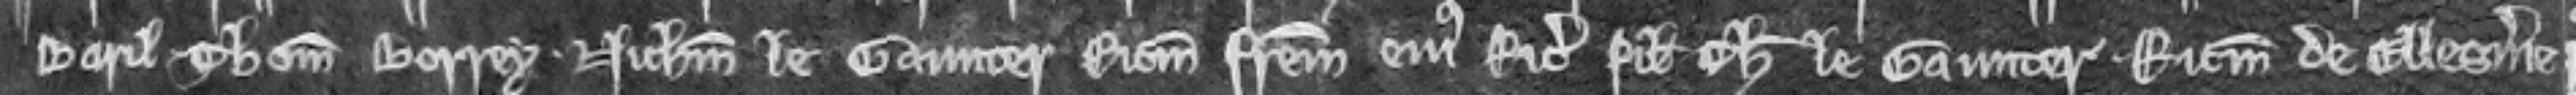
Baril Thomam Borrey. Nicholaum le Gaunter Ricardum fratrem ejus Ricardum filium Thome le Gaunter